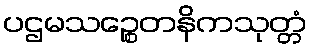
ပဌမသဉ္စေတနိကသုတ္တံ